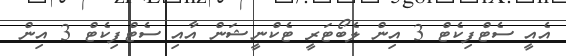
އެއީ ސެޓްފިކެޓް 3 އިން ލެބޯޓަރީ ޓެކްނީޝަން އާއި ސެޓްފިކެޓް 3 އިން